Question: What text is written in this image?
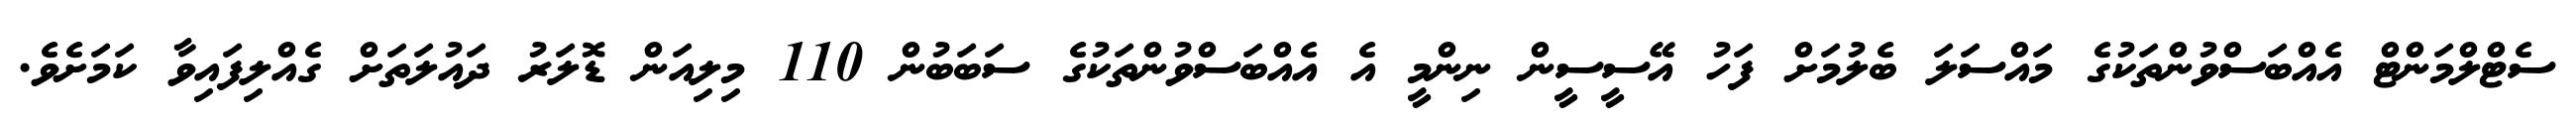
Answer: ސެޓްލްމަންޓް އެއްބަސްވުންތަކުގެ މައްސަލަ ބެލުމަށް ފަހު އޭސީސީން ނިންމީ އެ އެއްބަސްވުންތަކުގެ ސަބަބުން 110 މިލިއަން ޑޮލަރު ދައުލަތަށް ގެއްލިފައިވާ ކަމަށެވެ.